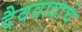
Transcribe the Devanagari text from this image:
दैववादाचे